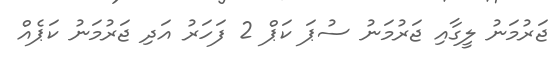
ޖަރުމަނު ލީގާއި ޖަރުމަނު ސުޕަ ކަޕް 2 ފަހަރު އަދި ޖަރުމަނު ކަޕެއް